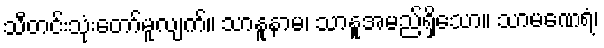
သီတင်းသုံးတော်မူလျက်။ သာနူနာမ၊ သာနူအမည်ရှိသော။ သာမဏေရံ၊